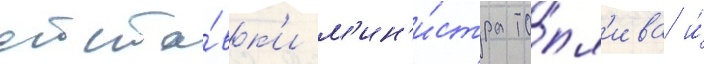
отста́вк'и м'ин'и́стра то́пл'ива и́